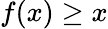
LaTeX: f(x)\geq x